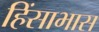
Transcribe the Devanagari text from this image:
हिंसाभास